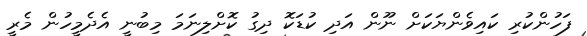
ފަހުންކުރި ކައިވެންޔަކަށް ނޫން އަދި ކުޑަކޮ ދިގު ކޮށްލިނަމަ މިބުނީ އެދެމީހުން މެރީ